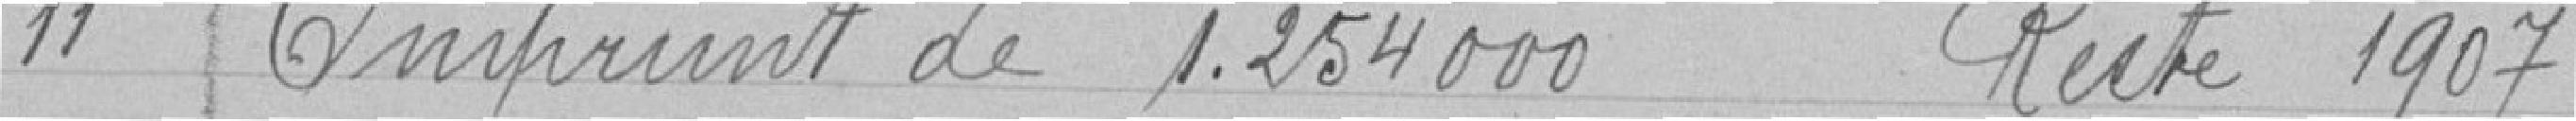
11 Emprunt de 1 254 000 Reste 1907